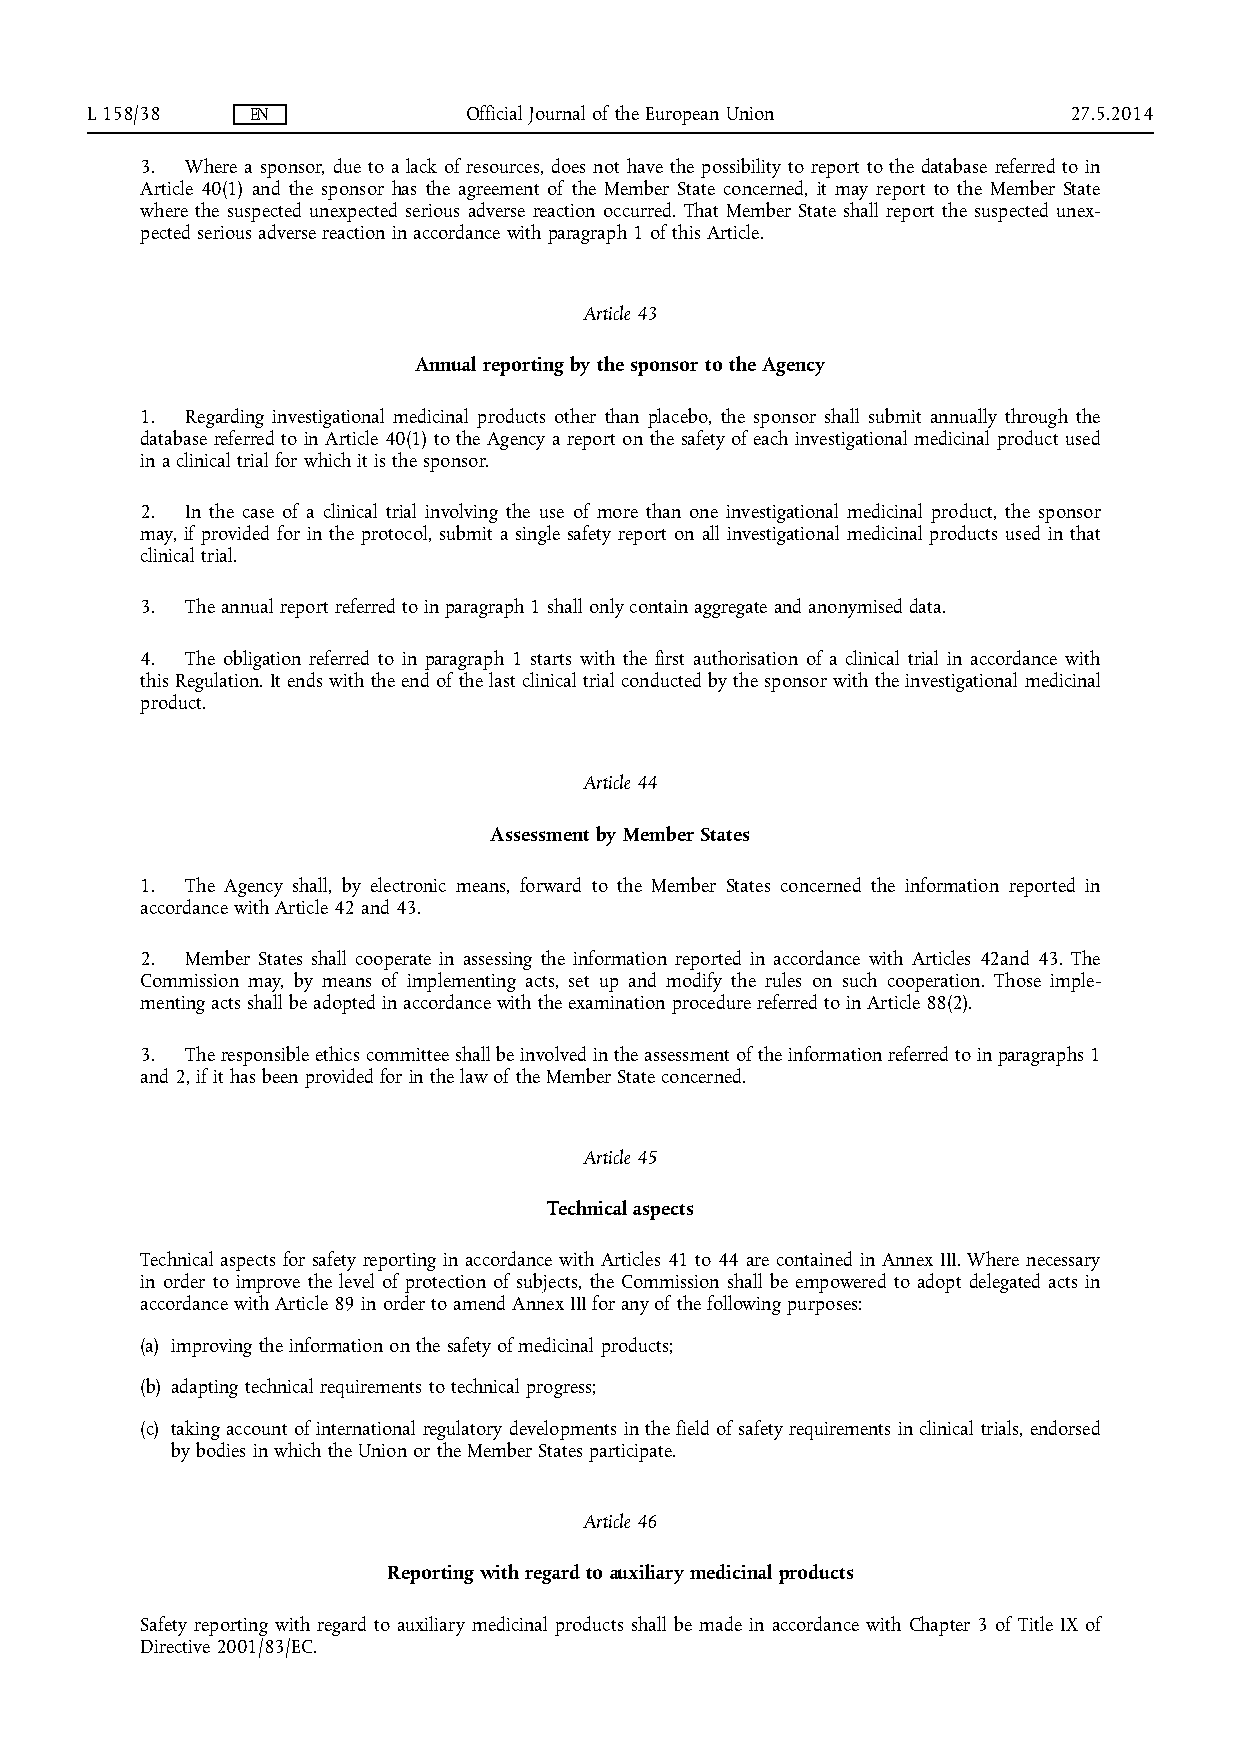
L 158/38   EN            Official Journal of the European Union  27.5.2014
 3. Where a sponsor, due to a lack of resources, does not have the possibility to report to the database referred to in
 Article 40(1) and the sponsor has the agreement of the Member State concerned, it may report to the Member State
 where the suspected unexpected serious adverse reaction occurred. That Member State shall report the suspected unex­
 pected serious adverse reaction in accordance with paragraph 1 of this Article.
 Article 43
 Annual reporting by the sponsor to the Agency
 1. Regarding investigational medicinal products other than placebo, the sponsor shall submit annually through the
 database referred to in Article 40(1) to the Agency a report on the safety of each investigational medicinal product used
 in a clinical trial for which it is the sponsor.
 2. In the case of a clinical trial involving the use of more than one investigational medicinal product, the sponsor
 may, if provided for in the protocol, submit a single safety report on all investigational medicinal products used in that
 clinical trial.
 3. The annual report referred to in paragraph 1 shall only contain aggregate and anonymised data.
 4. The obligation referred to in paragraph 1 starts with the first authorisation of a clinical trial in accordance with
 this Regulation. It ends with the end of the last clinical trial conducted by the sponsor with the investigational medicinal
 product.
 Article 44
 Assessment by Member States
 1. The Agency shall, by electronic means, forward to the Member States concerned the information reported in
 accordance with Article 42 and 43.
 2. Member States shall cooperate in assessing the information reported in accordance with Articles 42and 43. The
 Commission may, by means of implementing acts, set up and modify the rules on such cooperation. Those imple­
 menting acts shall be adopted in accordance with the examination procedure referred to in Article 88(2).
 3. The responsible ethics committee shall be involved in the assessment of the information referred to in paragraphs 1
 and 2, if it has been provided for in the law of the Member State concerned.
 Article 45
 Technical aspects
 Technical aspects for safety reporting in accordance with Articles 41 to 44 are contained in Annex III. Where necessary
 in order to improve the level of protection of subjects, the Commission shall be empowered to adopt delegated acts in
 accordance with Article 89 in order to amend Annex III for any of the following purposes:
 (a) improving the information on the safety of medicinal products;
 (b) adapting technical requirements to technical progress;
 (c) taking account of international regulatory developments in the field of safety requirements in clinical trials, endorsed
 by bodies in which the Union or the Member States participate.
 Article 46
 Reporting with regard to auxiliary medicinal products
 Safety reporting with regard to auxiliary medicinal products shall be made in accordance with Chapter 3 of Title IX of
 Directive 2001/83/EC.